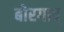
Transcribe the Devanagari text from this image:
बोरगाव्